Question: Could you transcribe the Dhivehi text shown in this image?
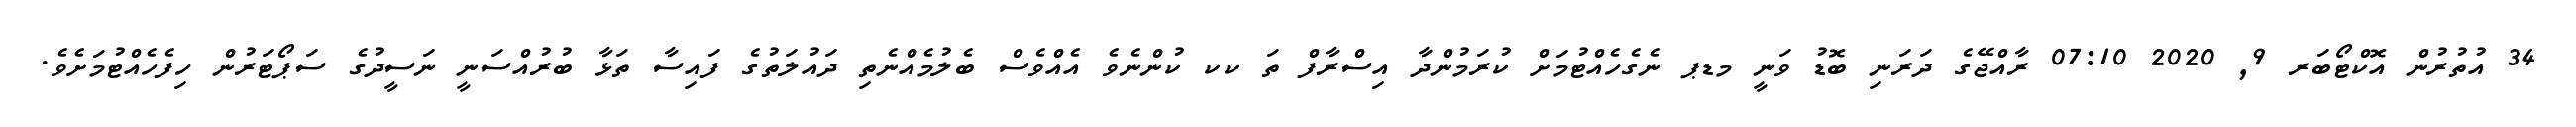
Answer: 34 އުތުރުން އޮކްޓޯބަރ 9, 2020 07:10 ރާއްޖޭގެ ދަރަނި ބޮޑު ވަނީ މޑޕ ނެގެހެއްޓުމަށް ކުރަމުންދާ އިސްރާފް ތަ ކކ ކުންނެވެ އެއްވެސް ބެލުމެއްނެތި ދައުލަތުގެ ފައިސާ ތަޅާ ބުރުއްސަނީ ނަސީދުގެ ސަޕޯޓަރުން ހިފެހެއްޓުމަށެވެ.